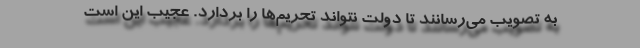
به تصویب می‌رسانند تا دولت نتواند تحریم‌ها را بردارد. عجیب این است